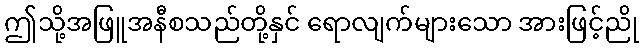
ဤသို့အဖြူအနီစသည်တို့နှင် ရောလျက်များသော အားဖြင့်ညို